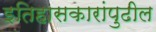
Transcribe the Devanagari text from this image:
इतिहासकारांपुढील